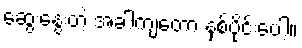
ဆွေးနွေးတဲ့ အခါကျတော့ နှစ်ပိုင်းပေါ့။